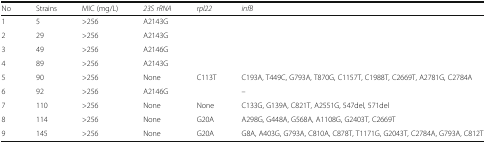
<table><thead><tr><td><b>No</b></td><td><b>Strains</b></td><td><b>MIC (mg/L)</b></td><td><b><i>23S rRNA</i></b></td><td><b><i>rpl22</i></b></td><td><b><i>infB</i></b></td></tr></thead><tbody><tr><td>1</td><td>5</td><td>&gt;256</td><td>A2143G</td><td></td><td></td></tr><tr><td>2</td><td>29</td><td>&gt;256</td><td>A2143G</td><td></td><td></td></tr><tr><td>3</td><td>49</td><td>&gt;256</td><td>A2146G</td><td></td><td></td></tr><tr><td>4</td><td>89</td><td>&gt;256</td><td>A2143G</td><td></td><td></td></tr><tr><td>5</td><td>90</td><td>&gt;256</td><td>None</td><td>C113T</td><td>C193A, T449C, G793A, T870G, C1157T, C1988T, C2669T, A2781G, C2784A</td></tr><tr><td>6</td><td>92</td><td>&gt;256</td><td>A2146G</td><td></td><td>–</td></tr><tr><td>7</td><td>110</td><td>&gt;256</td><td>None</td><td>None</td><td>C133G, G139A, C821T, A2551G, 547del, 571del</td></tr><tr><td>8</td><td>114</td><td>&gt;256</td><td>None</td><td>G20A</td><td>A298G, G448A, G568A, A1108G, G2403T, C2669T</td></tr><tr><td>9</td><td>145</td><td>&gt;256</td><td>None</td><td>G20A</td><td>G8A, A403G, G793A, C810A, C878T, T1171G, G2043T, C2784A, G793A, C812T</td></tr></tbody></table>